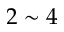
2 \sim 4